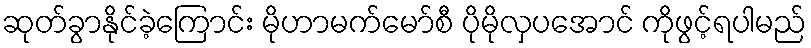
ဆုတ်ခွာနိုင်ခဲ့ကြောင်း မိုဟာမက်မော်စီ ပိုမိုလှပအောင် ကိုဖွင့်ရပါမည်